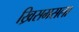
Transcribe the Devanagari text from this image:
ख्रिसमसला